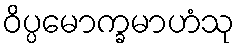
ဝိပ္ပမောက္ခမာဟံသု